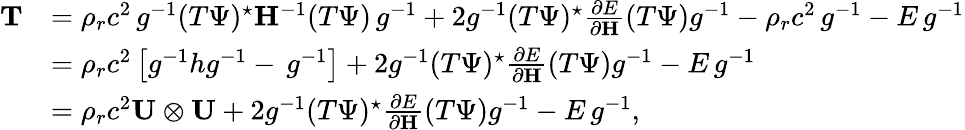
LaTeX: \begin{array}{rl}{\mathbf{T}}&{=\rho_{r}c^{2}\, g^{-1}(T\Psi)^{\star}\mathbf{H}^{-1}(T\Psi)\, g^{-1}+2g^{-1}(T\Psi)^{\star}\frac{\partial E}{\partial\mathbf{H}}(T\Psi)g^{-1}-\rho_{r}c^{2}\, g^{-1}-E\, g^{-1}}\\ &{=\rho_{r}c^{2}\left[g^{-1}hg^{-1}-\, g^{-1}\right]+2g^{-1}(T\Psi)^{\star}\frac{\partial E}{\partial\mathbf{H}}(T\Psi)g^{-1}-E\, g^{-1}}\\ &{=\rho_{r}c^{2}\mathbf{U}\otimes\mathbf{U}+2g^{-1}(T\Psi)^{\star}\frac{\partial E}{\partial\mathbf{H}}(T\Psi)g^{-1}-E\, g^{-1},}\end{array}